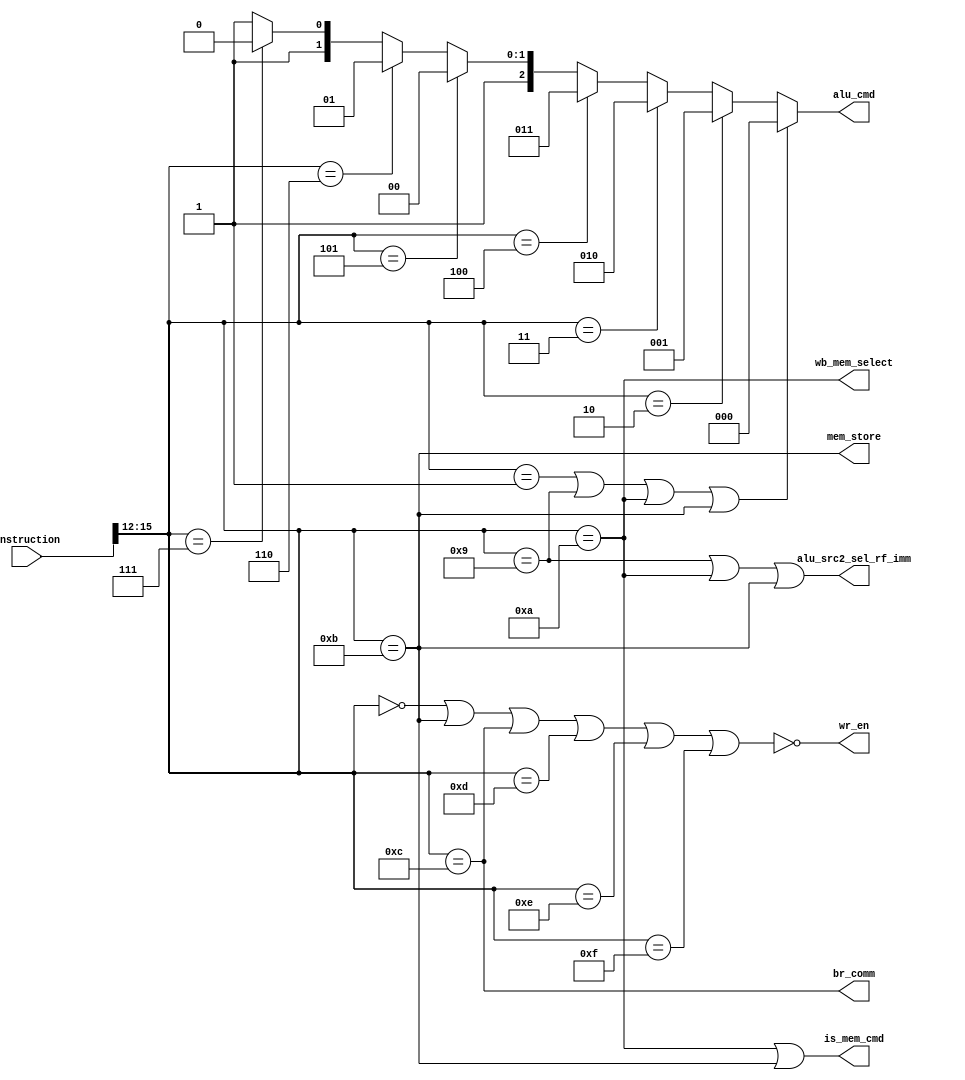
module controller(input [15:0] instruction,
					output [2:0] alu_cmd,
					output wr_en, br_comm, alu_src2_sel_rf_imm, mem_store, is_mem_cmd, wb_mem_select);

	wire [3:0] opcode;
	
	assign opcode = instruction[15:12];
	assign alu_cmd = (opcode == 'b0001 || opcode == 'b1001 || opcode == 'b1010 || opcode == 'b1011) ? 'b000 : 
							(opcode == 'b0010) ? 'b001 :
							(opcode == 'b0011) ? 'b010 :
							(opcode == 'b0100) ? 'b011 :
							(opcode == 'b0101) ? 'b100 :
							(opcode == 'b0110) ? 'b101 :
							(opcode == 'b0111) ? 'b110 : 'b111;

	assign wr_en = ~(opcode == 'b0000 || opcode == 'b1011 || opcode == 'b1100 ||
							opcode == 'b1101 || opcode == 'b1110 || opcode == 'b1111);	
	assign br_comm = opcode == 'b1100;	

	assign alu_src2_sel_rf_imm = (opcode == 'b1001 || opcode == 'b1010 || opcode == 'b1011);
							
	assign mem_store = (opcode == 'b1011);
	
	assign wb_mem_select = (opcode == 'b1010);
	
	assign is_mem_cmd = (opcode == 'b1010 || opcode == 'b1011);
	
endmodule